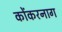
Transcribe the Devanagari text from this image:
कोंकरनाग